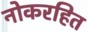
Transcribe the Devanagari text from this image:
नोकरहित